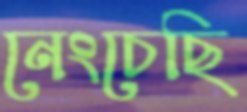
নেংচেছি